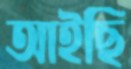
আইছি